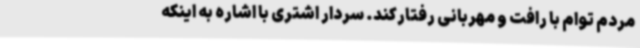
مردم توام با رافت و مهربانی رفتارکند. سردار اشتری با اشاره به اینکه